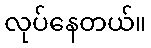
လုပ်နေတယ်။